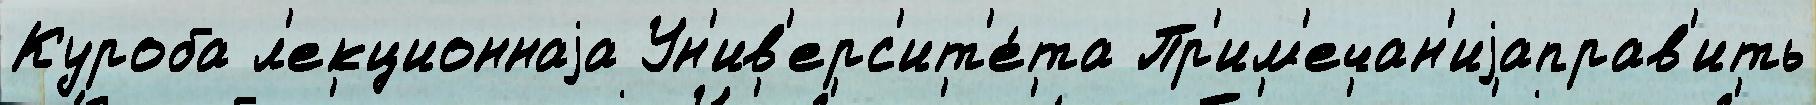
Куроба л'екционнаjа Ун'ив'ерс'ит'е́та Пр'им'ечан'иjаправ'ить